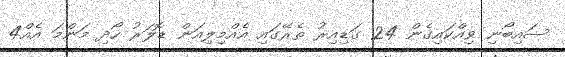
ސައިބޯނި ވިއްކައިގެން 24 ގަޑިއިރު ތެރޭގައި އެއްމިލިއަން ޑޮލަރު ހޯދި މަންމަ އެއް4